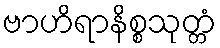
ဗာဟိရာနိစ္စသုတ္တံ